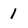
Character: 1